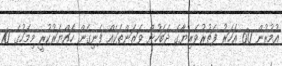
އުމުރުން 60 އަހަރު ފަތުރުވެރިޔާގެ ދަބަހުން ވަޒަންތަކެއް ފެނިގެން ހައްޔަރުކުރީ މިމަހުގެ 10